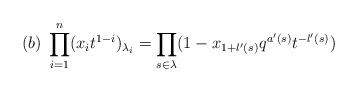
LaTeX: \begin{align*}(b)\; \prod_{i=1}^n (x_i t^{1-i})_{\lambda_{i}} = \prod_{s\in \lambda} (1- x_{1+l'(s)} q^{a'(s)} t^{-l'(s)} )\end{align*}